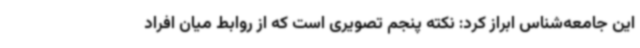
این جامعه‌شناس ابراز کرد: نکته پنجم تصویری است که از روابط میان افراد